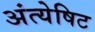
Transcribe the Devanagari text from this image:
अंत्येषिट